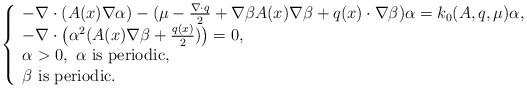
LaTeX: \begin{align*} \left\{\begin{array}{l}-\nabla\cdot (A(x)\nabla\alpha) - (\mu-\frac{\nabla\cdot q}{2}+\nabla\beta A(x)\nabla\beta+q(x)\cdot \nabla\beta)\alpha=k_0(A,q,\mu)\alpha,\\-\nabla\cdot \big( \alpha^2 (A(x)\nabla\beta+\frac{q(x)}{2})\big)=0,\\\alpha>0, \ \alpha \ \hbox{is periodic},\\\beta \ \hbox{is periodic}.\\\end{array}\right.\end{align*}